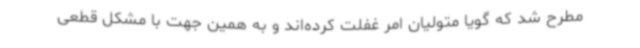
مطرح شد که گویا متولیان امر غفلت کرده‌اند و به همین جهت با مشکل قطعی